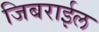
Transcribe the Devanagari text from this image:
जिबराईल